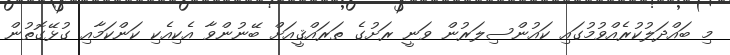
މި ބައްދަލުކުރެއްވުމުގައި ކައުންސިލަރުން ވަނީ ރަށުގެ ތަރައްޤީއަށް ބޭނުންވާ އެކިއެކި ކަންކަމާއި ގުޅޭގޮތުން